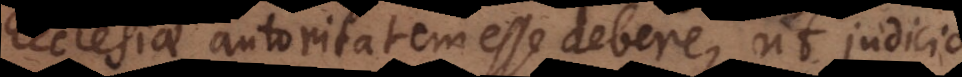
Ecclesiae autoritatem esse debere, ut judicio